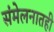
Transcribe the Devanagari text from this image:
संमेलनातही